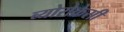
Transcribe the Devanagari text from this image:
ब्योरोक्रेसी